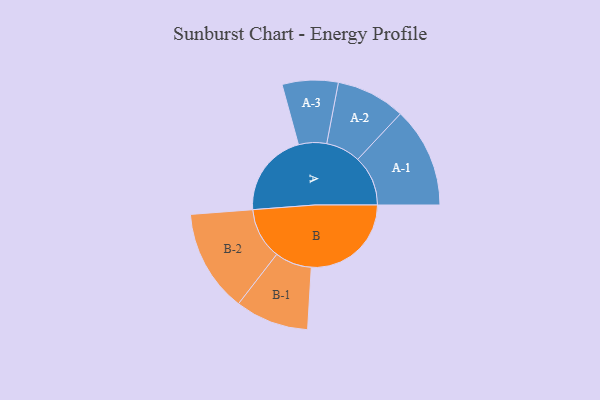
{"axis": {"x": "Segment", "y": "Value"}, "legend": ["", "A", "B"], "data": [{"x": "A", "y": 384, "type": ""}, {"x": "B", "y": 454, "type": ""}, {"x": "A-1", "y": 228, "type": "A"}, {"x": "A-2", "y": 157, "type": "A"}, {"x": "A-3", "y": 127, "type": "A"}, {"x": "B-1", "y": 167, "type": "B"}, {"x": "B-2", "y": 233, "type": "B"}]}